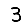
Digit: 3